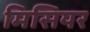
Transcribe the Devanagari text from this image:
मिसियर